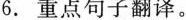
6.重点句子翻译。